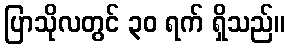
ပြာသိုလတွင် ၃၀ ရက် ရှိသည်။